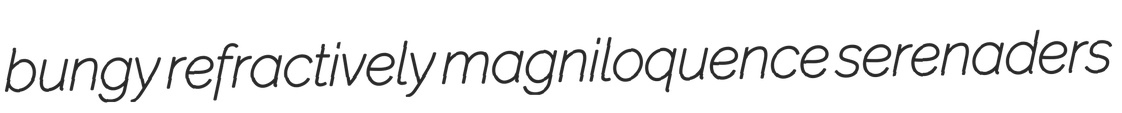
bungy refractively magniloquence serenaders